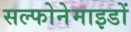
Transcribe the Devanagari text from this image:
सल्फोनेमाइडों